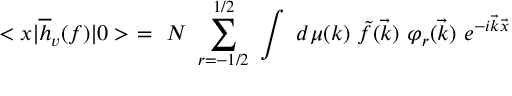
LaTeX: < x { \mid } \overline { { { h } } } _ { v } ( f ) { \mid } 0 > \ = \ N \ \sum _ { r = - 1 / 2 } ^ { 1 / 2 } \ \int \ d \mu ( k ) \ \tilde { f } ( \vec { k } ) \ { \varphi } _ { r } ( \vec { k } ) \ e ^ { - i \vec { k } \vec { x } }